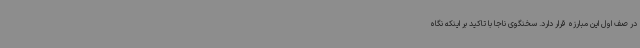
در صف اول این مبارزه قرار دارد. سخنگوی ناجا با تاکید بر اینکه نگاه